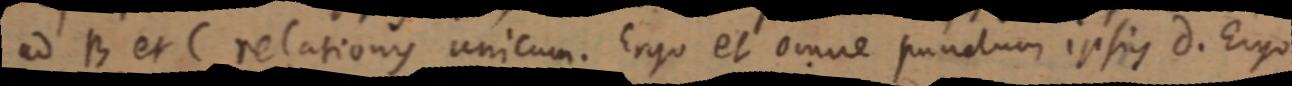
ad B et C relationis unicum. Ergo et omne punctum ipsius d. Ergo